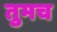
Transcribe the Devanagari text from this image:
तुमच